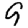
Digit: 9